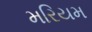
મરિયમ